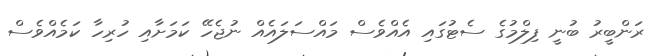
ރަންބީރު ބުނީ ފިލްމުގެ ސެޓުގައި އެއްވެސް މައްސަލައެއް ނުޖެހޭ ކަމަށާއި ހުރިހާ ކަމެއްވެސް